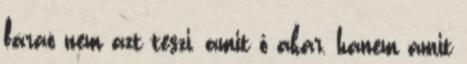
fáraó nem azt teszi, amit ő akar, hanem amit